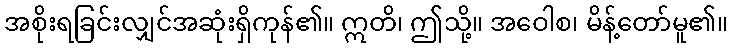
အစိုးရခြင်းလျှင်အဆုံးရှိကုန်၏။ ဣတိ၊ ဤသို့။ အဝေါစ၊ မိန့်တော်မူ၏။